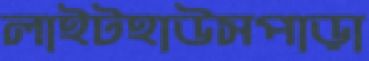
লাইটহাউসপাড়া